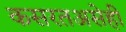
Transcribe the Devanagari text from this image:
कसरतअसेही